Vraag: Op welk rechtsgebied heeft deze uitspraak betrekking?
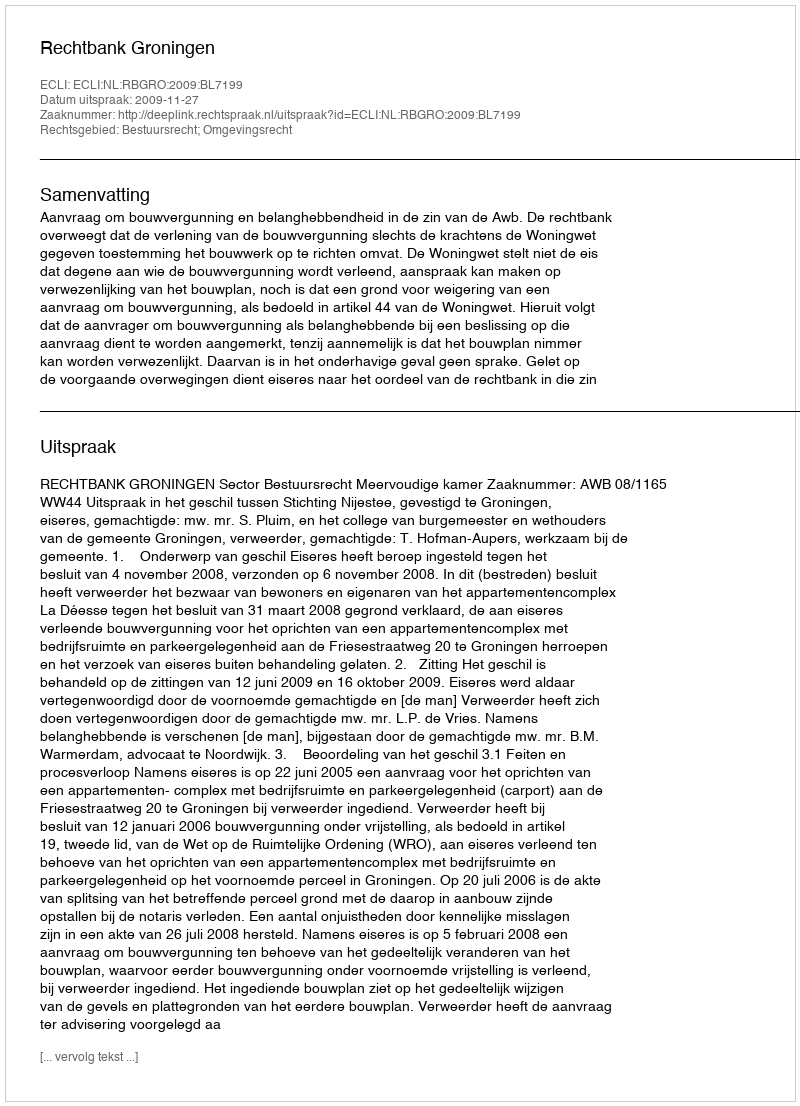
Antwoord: Bestuursrecht; Omgevingsrecht